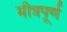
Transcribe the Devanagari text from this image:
मीत्रपूर्ण